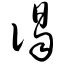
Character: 谒